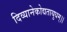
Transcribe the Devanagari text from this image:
दिव्यानेकोद्यतायुधम्‌।।